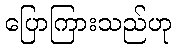
ပြောကြားသည်ဟု